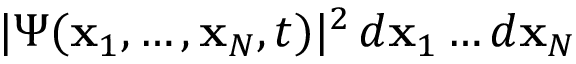
| \Psi ( { \bf x } _ { 1 } , \ldots , { \bf x } _ { N } , t ) | ^ { 2 } \, d { \bf x } _ { 1 } \ldots d { \bf x } _ { N }